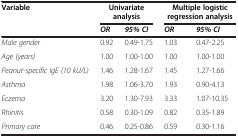
| Variable | <COLSPAN=2> Univariate analysis | <COLSPAN=2> Multiple logistic regression analysis |
 |  | OR | 95% CI | OR | 95% CI |
 | --- | --- | --- | --- | --- |
 | Male gender | 0.92 | 0.49-1.75 | 1.03 | 0.47-2.25 |
 | Age (years) | 1.00 | 1.00-1.00 | 1.00 | 1.00-1.00 |
 | Peanut-specific IgE (10 kU/L) | 1.46 | 1.28-1.67 | 1.45 | 1.27-1.66 |
 | Asthma | 1.98 | 1.06-3.70 | 1.93 | 0.90-4.13 |
 | Eczema | 3.20 | 1.30-7.93 | 3.33 | 1.07-10.35 |
 | Rhinitis | 0.58 | 0.30-1.09 | 0.82 | 0.35-1.89 |
 | Primary care | 0.46 | 0.25-0.86 | 0.59 | 0.30-1.16 |